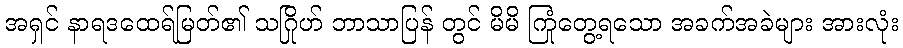
အရှင် နာရဒထေရ်မြတ်၏ သဂြိုဟ် ဘာသာပြန် တွင် မိမိ ကြုံတွေ့ရသော အခက်အခဲများ အားလုံး